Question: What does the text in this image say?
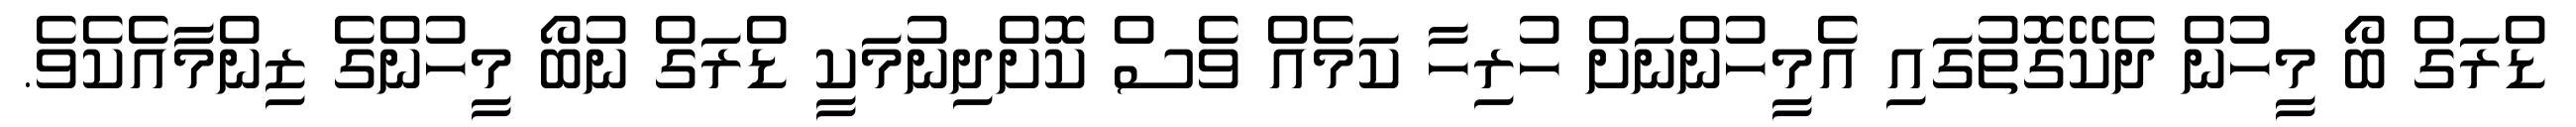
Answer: ޑްރަގް ބޯ މީހުން ދެކޭގޮތުގައި އެމީހުންނަށް ހުރިހާ ކަމެއް ވެސް ކޮށްދިނުމަކީ ޑްރަގް ނުބޯ މީހުންގެ ޒިންމާއެކެވެ.